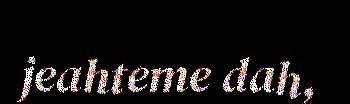
jeahteme dah,